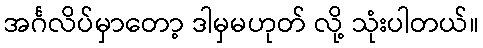
အင်္ဂလိပ်မှာတော့ ဒါမှမဟုတ် လို့ သုံးပါတယ်။